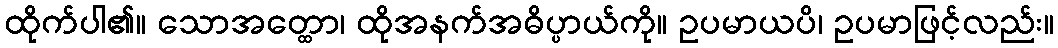
ထိုက်ပါ၏။ သောအတ္ထော၊ ထိုအနက်အဓိပ္ပာယ်ကို။ ဥပမာယပိ၊ ဥပမာဖြင့်လည်း။